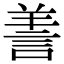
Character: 𦎍